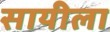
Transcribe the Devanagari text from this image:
सायीला